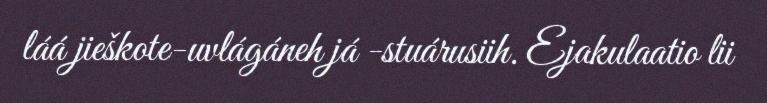
láá jieškote-uvlágáneh já -stuárusiih. Ejakulaatio lii